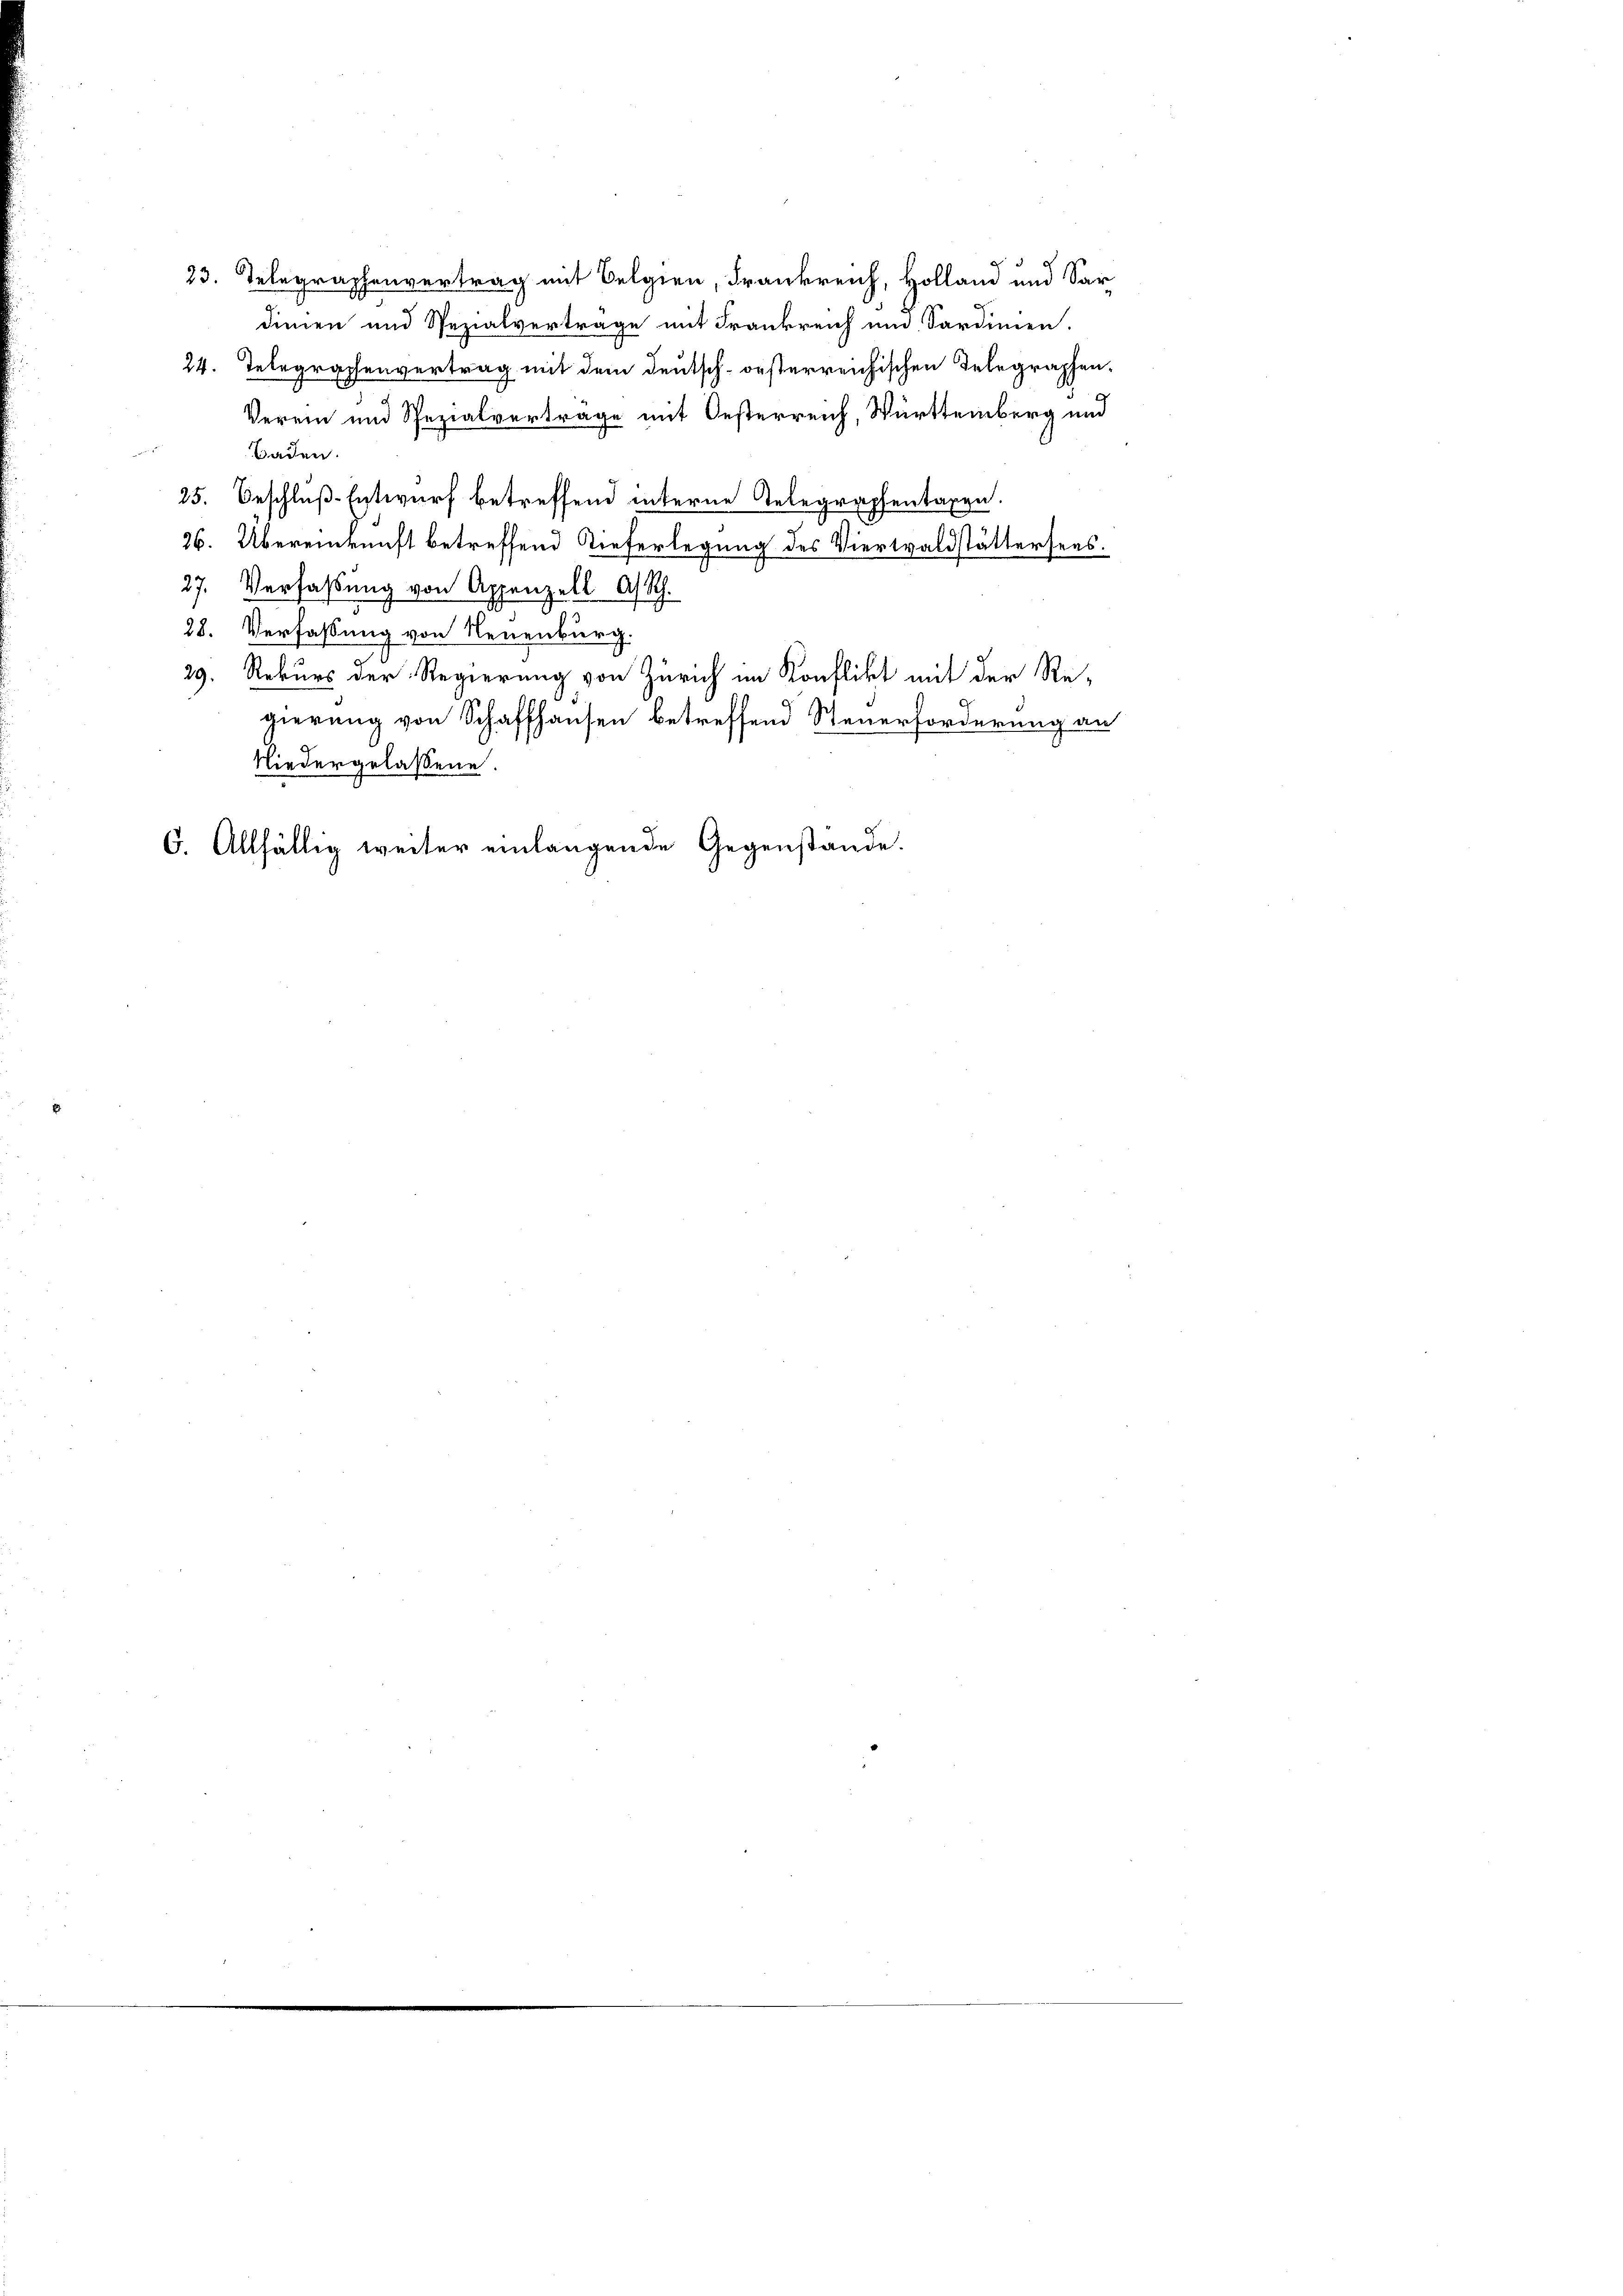
23. Telegraphenvertrag mit Belgien, Frankreich, Holland und Sardinien und Spezialvertrage mit Frankreich und Sardinien.
24. Telegraphenvertrag mit dem deutsch-orsterreichischen Telegraphen¬
Verein und Spezialvertrage mit Oesterreich, Württemberg und

Baden.
25. Beschluß-Entwurf betreffend interne Telegraphentagen.
26. Übereinkunft betreffend Tieferlegung des Viertwaldstättersees.
27. Verfassung von Appenzell A. Sch.
28. Verfassung von Neuenburg
29. Rekurs der Regierung von Zürich im Konflikt mit der Re-
gierung von Schaffhausen betreffend Steuerforderung an
Niedergelassene.
6. Allfällig weiter einlangende Gegenstände.